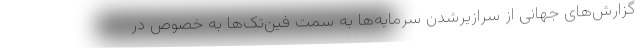
گزارش‌های جهانی از سرازیرشدن سرمایه‌ها به سمت فین‌تک‌ها به خصوص در